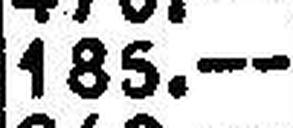
185.—